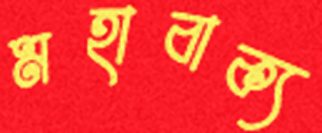
মহাবাক্য